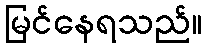
မြင်နေရသည်။